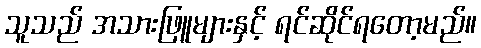
သူသည် အသားဖြူများနှင့် ရင်ဆိုင်ရတော့မည်။